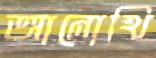
আনোখি